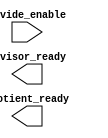
module control_unit(
    // Input signals
    input wire divide_enable,
    // Output signals
    output reg divisor_ready,
    output reg quotient_ready
);

// Control unit implementation

endmodule